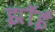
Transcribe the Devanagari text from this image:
झॉई